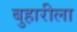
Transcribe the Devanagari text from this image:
बुहारीला